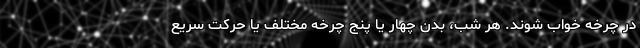
در چرخه خواب شوند. هر شب، بدن چهار یا پنج چرخه مختلف یا حرکت سریع